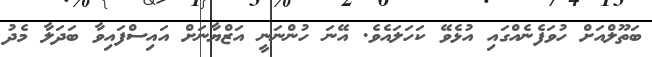
ބަތޫލްއަށް ހުވަފެނެއްގައި އުޅެވޭ ކަހަލައެވެ. އޭނަ ހުންނަނީ އަޒްޔާނަށް އައިސްފައިވާ ބަދަލާ މެދު